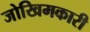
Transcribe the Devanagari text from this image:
जोखिमकारी